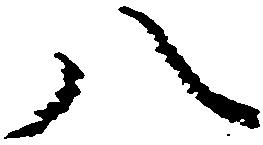
八